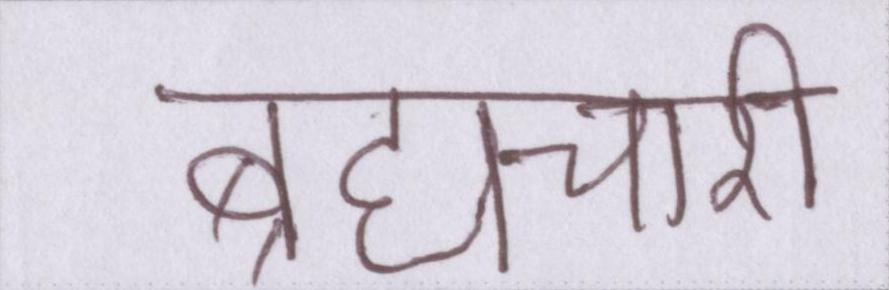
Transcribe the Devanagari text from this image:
ब्रह्मचारी